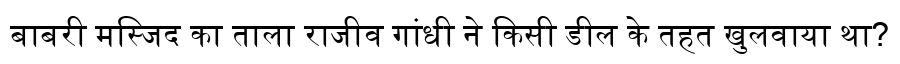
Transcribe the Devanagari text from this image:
बाबरी मस्जिद का ताला राजीव गांधी ने किसी डील के तहत खुलवाया था?